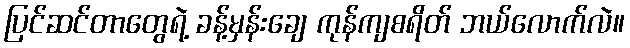
ပြင်ဆင်တာတွေရဲ့ ခန့်မှန်းချေ ကုန်ကျစရိတ် ဘယ်လောက်လဲ။